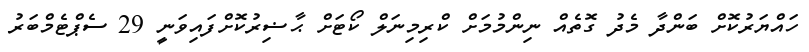
ހައްޔަރުކޮށް ބަންދާ މެދު ގޮތެއް ނިންމުމަށް ކްރިމިނަލް ކޯޓަށް ޙާޟިރުކޮށްފައިވަނީ 29 ސެޕްޓެމްބަރު